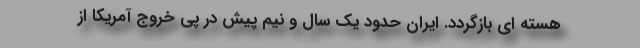
هسته ای بازگردد. ایران حدود یک سال و نیم پیش در پی خروج آمریکا از